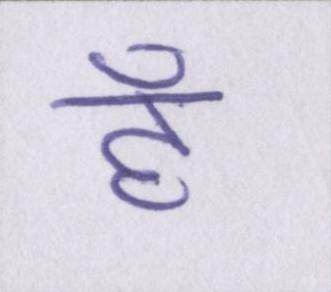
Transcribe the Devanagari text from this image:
हैँ